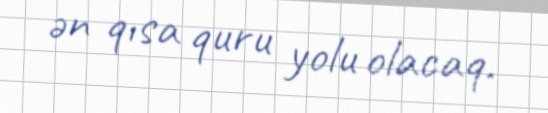
ən qısa quru yolu olacaq.